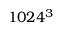
1 0 2 4 ^ { 3 }